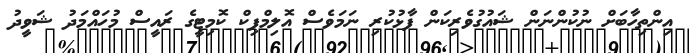
އިންތިހާބަށް ނުކުންނަން ޝައުގުވެރިކަން ފާޅުކުރި ނަމަވެސް އޮލިމްޕިކް ކޮމިޓީގެ ރައީސް މުހައްމަދު ޝަވީދު